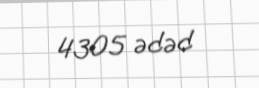
4305 ədəd